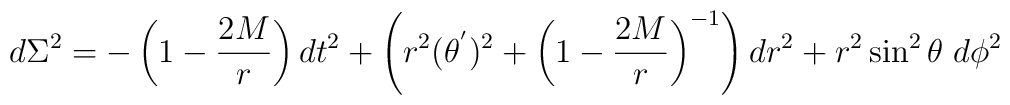
d\Sigma ^2 = - \left( 1 - \frac{2M}{r} \right) dt^2 + \left( r^2(\theta ^{'})^2+ \left( 1 - \frac{2M}{r} \right)^{-1} \right) dr^2+r^2 \sin ^2 \theta \;d \phi ^2